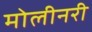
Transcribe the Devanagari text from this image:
मोलीनरी